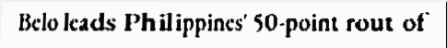
Belo leads Philippines' 50-point rout of